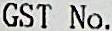
GST NO.